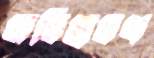
অভিশ্রবণ